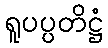
ရူပပ္ပတိဋ္ဌံ